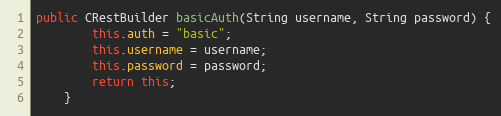
Language: Java
public CRestBuilder basicAuth(String username, String password) {
        this.auth = "basic";
        this.username = username;
        this.password = password;
        return this;
    }